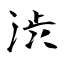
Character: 渋